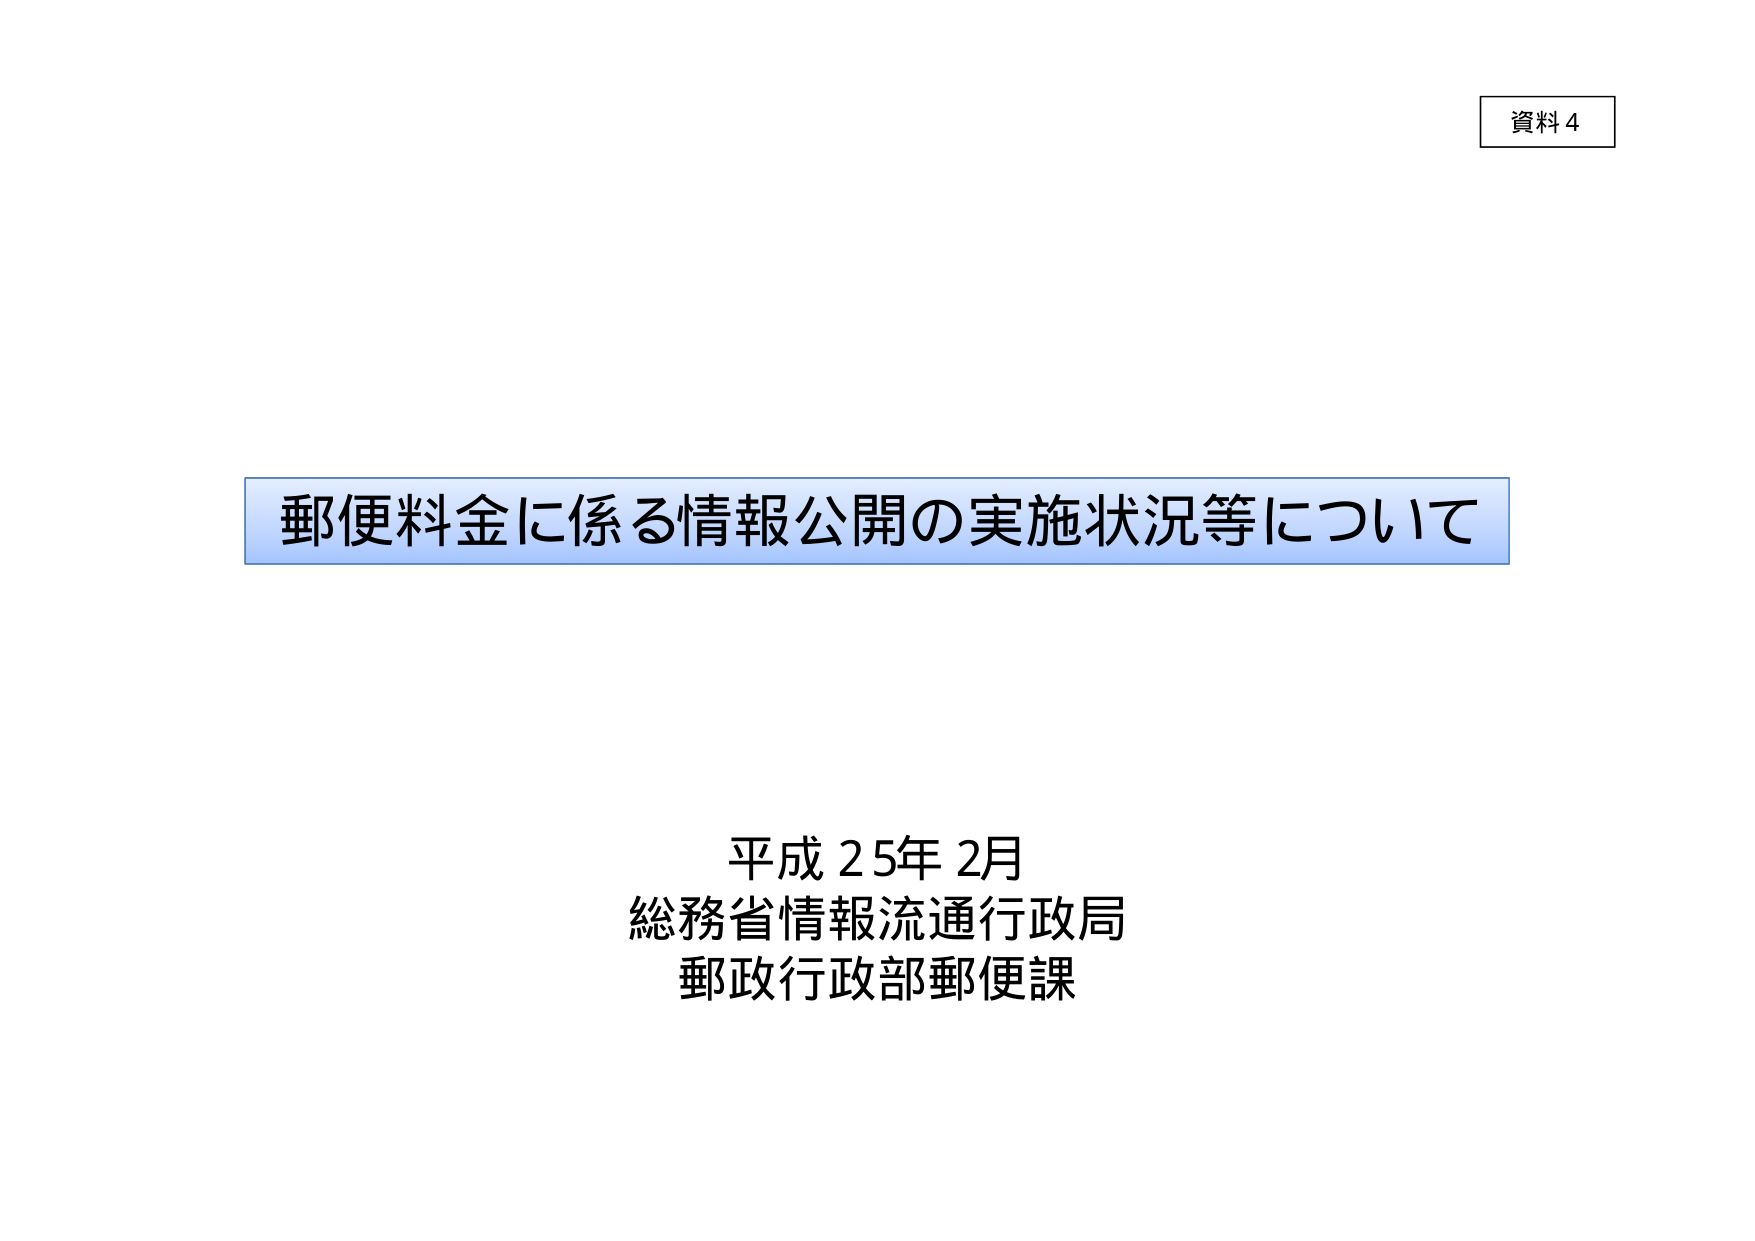
資料4

郵便料金に係る情報公開の実施状況等について

平成25年2月
総務省情報流通行政局
郵政行政部郵便課